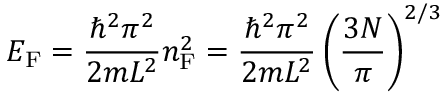
E _ { \mathrm { F } } = { \frac { \hbar ^ { 2 } \pi ^ { 2 } } { 2 m L ^ { 2 } } } n _ { \mathrm { F } } ^ { 2 } = { \frac { \hbar ^ { 2 } \pi ^ { 2 } } { 2 m L ^ { 2 } } } \left( { \frac { 3 N } { \pi } } \right) ^ { 2 / 3 }